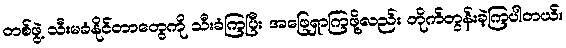
တစ်ဖွဲ့ သီးမခံနိုင်တာတွေကို သီးခံကြပြီး အဖြေရှာကြဖို့လည်း တိုက်တွန်းခဲ့ကြပါတယ်။